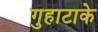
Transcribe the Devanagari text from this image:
गुहाटाके